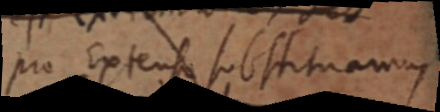
pro Extenso substituamus